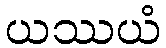
ယဿယံ